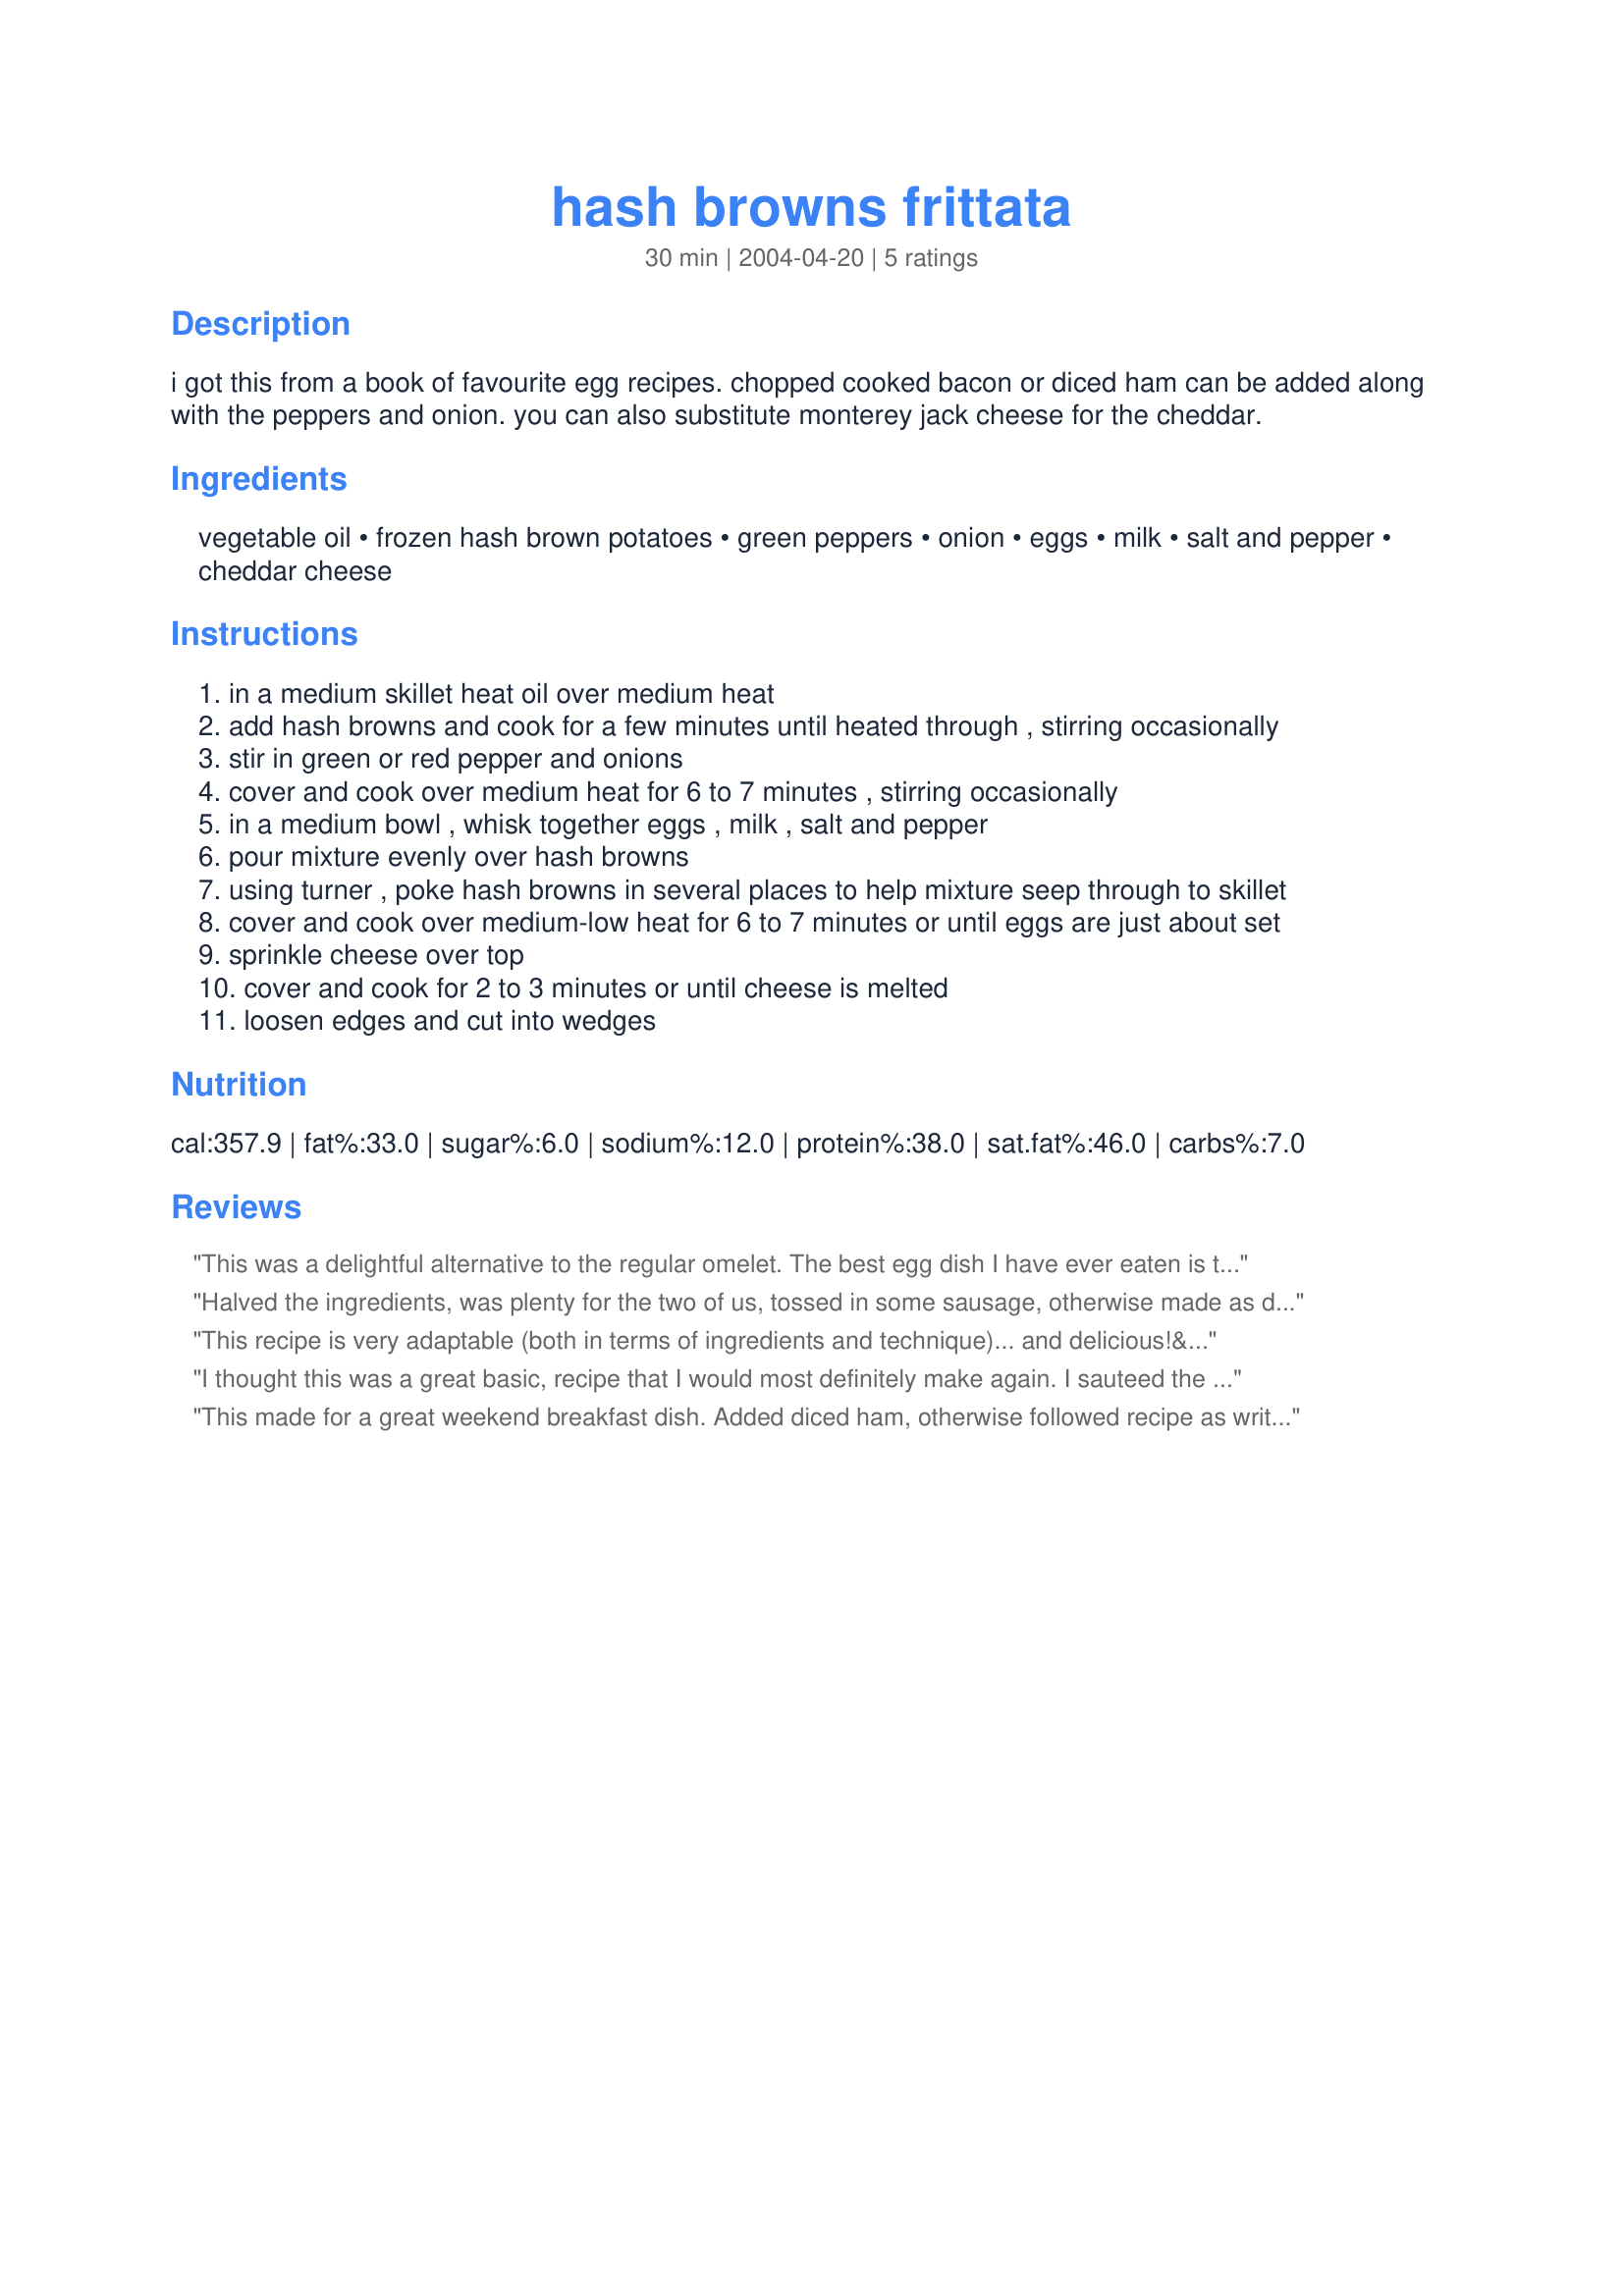
hash browns frittata
Preparation time: 30 minutes

i got this from a book of favourite egg recipes. chopped cooked bacon or diced ham can be added along with the peppers and onion. you can also substitute monterey jack cheese for the cheddar.

Ingredients:
vegetable oil, frozen hash brown potatoes, green peppers, onion, eggs, milk, salt and pepper, cheddar cheese

Steps:
in a medium skillet heat oil over medium heat
add hash browns and cook for a few minutes until heated through , stirring occasionally
stir in green or red pepper and onions
cover and cook over medium heat for 6 to 7 minutes , stirring occasionally
in a medium bowl , whisk together eggs , milk , salt and pepper
pour mixture evenly over hash browns
using turner , poke hash browns in several places to help mixture seep through to skillet
cover and cook over medium-low heat for 6 to 7 minutes or until eggs are just about set
sprinkle cheese over top
cover and cook for 2 to 3 minutes or until cheese is melted
loosen edges and cut into wedges

Reviews:
This was a delightful alternative to the regular omelet. The best egg dish I have ever eaten is the potato, cheese and onion omelet at Camellia Grill in New Orleans. This is a somewhat similar recreation, and it gets high marks from my whole family. We left out the peppers and added extra onion instead, but otherwise made this recipe as is. Wonderful!
Halved the ingredients, was plenty for the two of us, tossed in some sausage, otherwise made as directed. Good basic recipe, allows for customizing, which I'll be doing the next time.
This recipe is very adaptable (both in terms of ingredients and technique)... and delicious!&lt;br/&gt;&lt;br/&gt;I replaced the frozen hash browns with frozen potatoes O&#039;Brien, the onion and peppers with a whole bag of frozen stir-fry mix, and the milk with almond milk. I also added way more seasoning in general (lots of roasted garlic, garlic salt, some Mrs. Dash, etc.) and stirred the cheese into the eggs instead of adding the cheese last. &lt;br/&gt;&lt;br/&gt;Finally, I finished the whole thing in a 400 degree oven.&lt;br/&gt;&lt;br/&gt;Thanks for posting.
I thought this was a great basic, recipe that I would most definitely make again. I sauteed the onions and peppers a bit in the oil before adding the hash browns and mixing together, and used homemade hash browns instead of frozen (which I don't think would have made a difference either way). Otherwise I kept to the basic recipe, not adding anything else, and just quickly ran the pan under the broiler for a few seconds before serving. Next time, however, I will probably add at least another 1/4 cup of onion. The dish is simple and mild, so keep in mind you might want to add not only meat, but if you prefer, other strongly flavored ingredients like chilies (or whatever your preference). One of the beautiful things about this recipe is that it can be so easily adjusted to one's own taste. I would highly recommend it.

This made for a great weekend breakfast dish. Added diced ham, otherwise followed recipe as written. Thanks for sharing this recipe.
